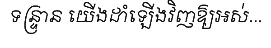
ទន្ទ្រាន យើងដាំឡើងវិញឱ្យអស់...